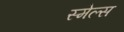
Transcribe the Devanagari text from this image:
स्‍मेल्‍स